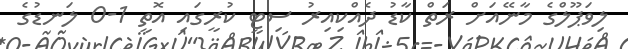
ލިވަޕޫލްގެ މާނޭއަށް ރަތް ކާޑު ދެއްކިއިރު ސިޓީ ކުރީގައި އޮތީ 1-0 ލަނޑުގެ